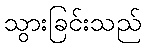
သွားခြင်းသည်